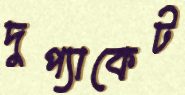
দুপ্যাকেট